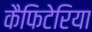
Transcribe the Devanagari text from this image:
कैफिटेरिया